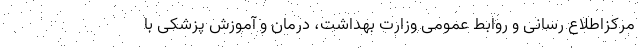
مرکزاطلاع رسانی و روابط عمومی وزارت بهداشت، درمان و آموزش پزشکی با